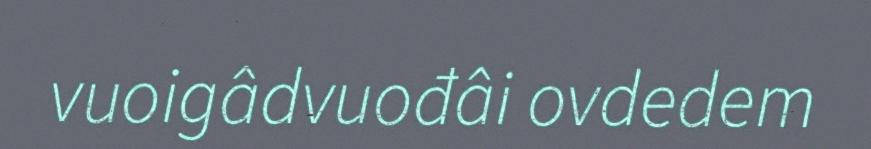
vuoigâdvuođâi ovdedem